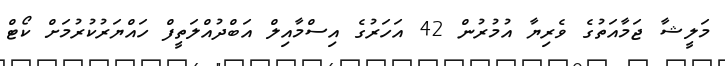
މަލީޝާ ޖަމާއަތުގެ ވެރިޔާ އުމުރުން 42 އަހަރުގެ އިސްމާއިލް އަބްދުއްލަތީފް ހައްޔަރުކުރުމަށް ކޯޓް